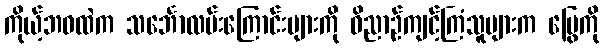
ကိုယ့်ဘဝထဲက သင်္ဘောလမ်းကြောင်းများကို ဝိညာဉ်ကျင့်ကြံသူများက မြွေကို